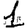
Digit: 1